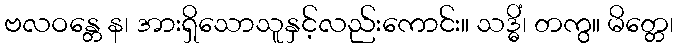
ဗလဝန္တေ န၊ အားရှိသောသူနှင့်လည်းကောင်း။ သဒ္ဓိံ၊ တကွ။ မိတ္တေ၊